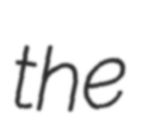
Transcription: the